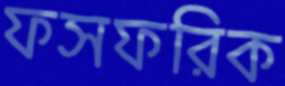
ফসফরিক